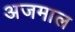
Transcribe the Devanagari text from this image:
अजमाल